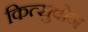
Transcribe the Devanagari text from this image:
कित्सुवोन